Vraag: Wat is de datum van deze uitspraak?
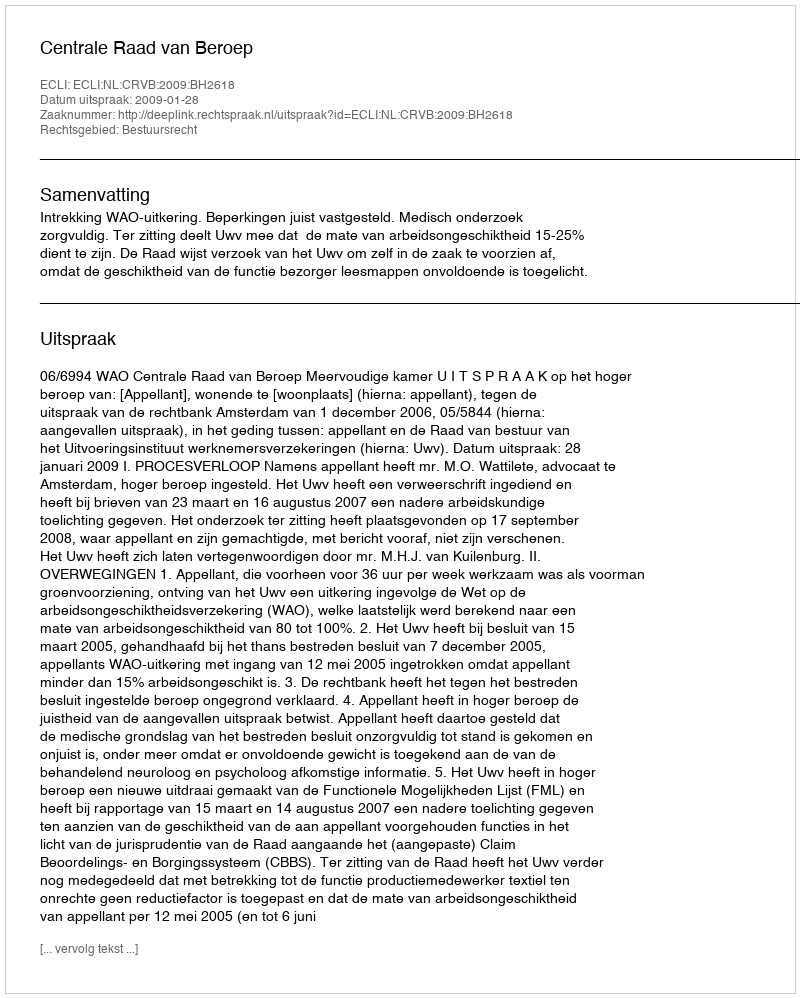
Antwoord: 2009-01-28